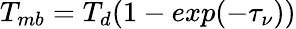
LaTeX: T_{mb}=T_{d}(1-exp(-\tau_{\nu}))